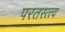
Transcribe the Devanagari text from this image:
परतस्त्त्व